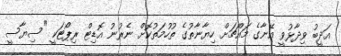
އަދީބު ވިދާޅުވީ އޭނާގެ މައްޗަށް ހިޔާނާތުގެ ތުހުމަތުކޮށް ނެރުނު އޮޑިޓް ރިޕޯޓަކީ "ސިޔާސީ